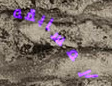
المسابقه